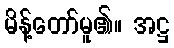
မိန့်တော်မူ၏။ အဋ္ဌ